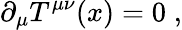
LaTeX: \partial_{\mu}T^{\mu\nu}(x)=0\; ,